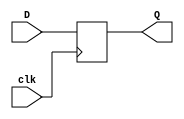
module d_flip_flop (
    input D, //data input
    input clk, //clock input
    output reg Q //output
);

always @(posedge clk)
begin
    Q <= D;
end

endmodule